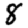
Digit: 8